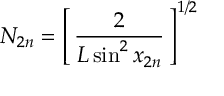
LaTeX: N _ { 2 n } = \left[ \, \frac { 2 } { L \sin ^ { 2 } x _ { 2 n } } \, \right] ^ { 1 / 2 }